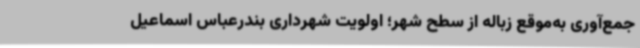
جمع‌آوری به‌موقع زباله از سطح شهر؛ اولویت شهرداری بندرعباس اسماعیل